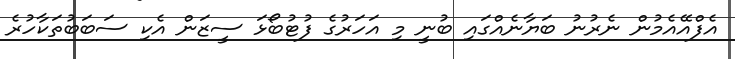
އެފްއޭއެމުން ނެރުނު ބަޔާނެއްގައި ބުނީ މި އަހަރުގެ ފުޓުބޯޅަ ސީޒަން އެކި ސަބަބުތަކާހުރެ